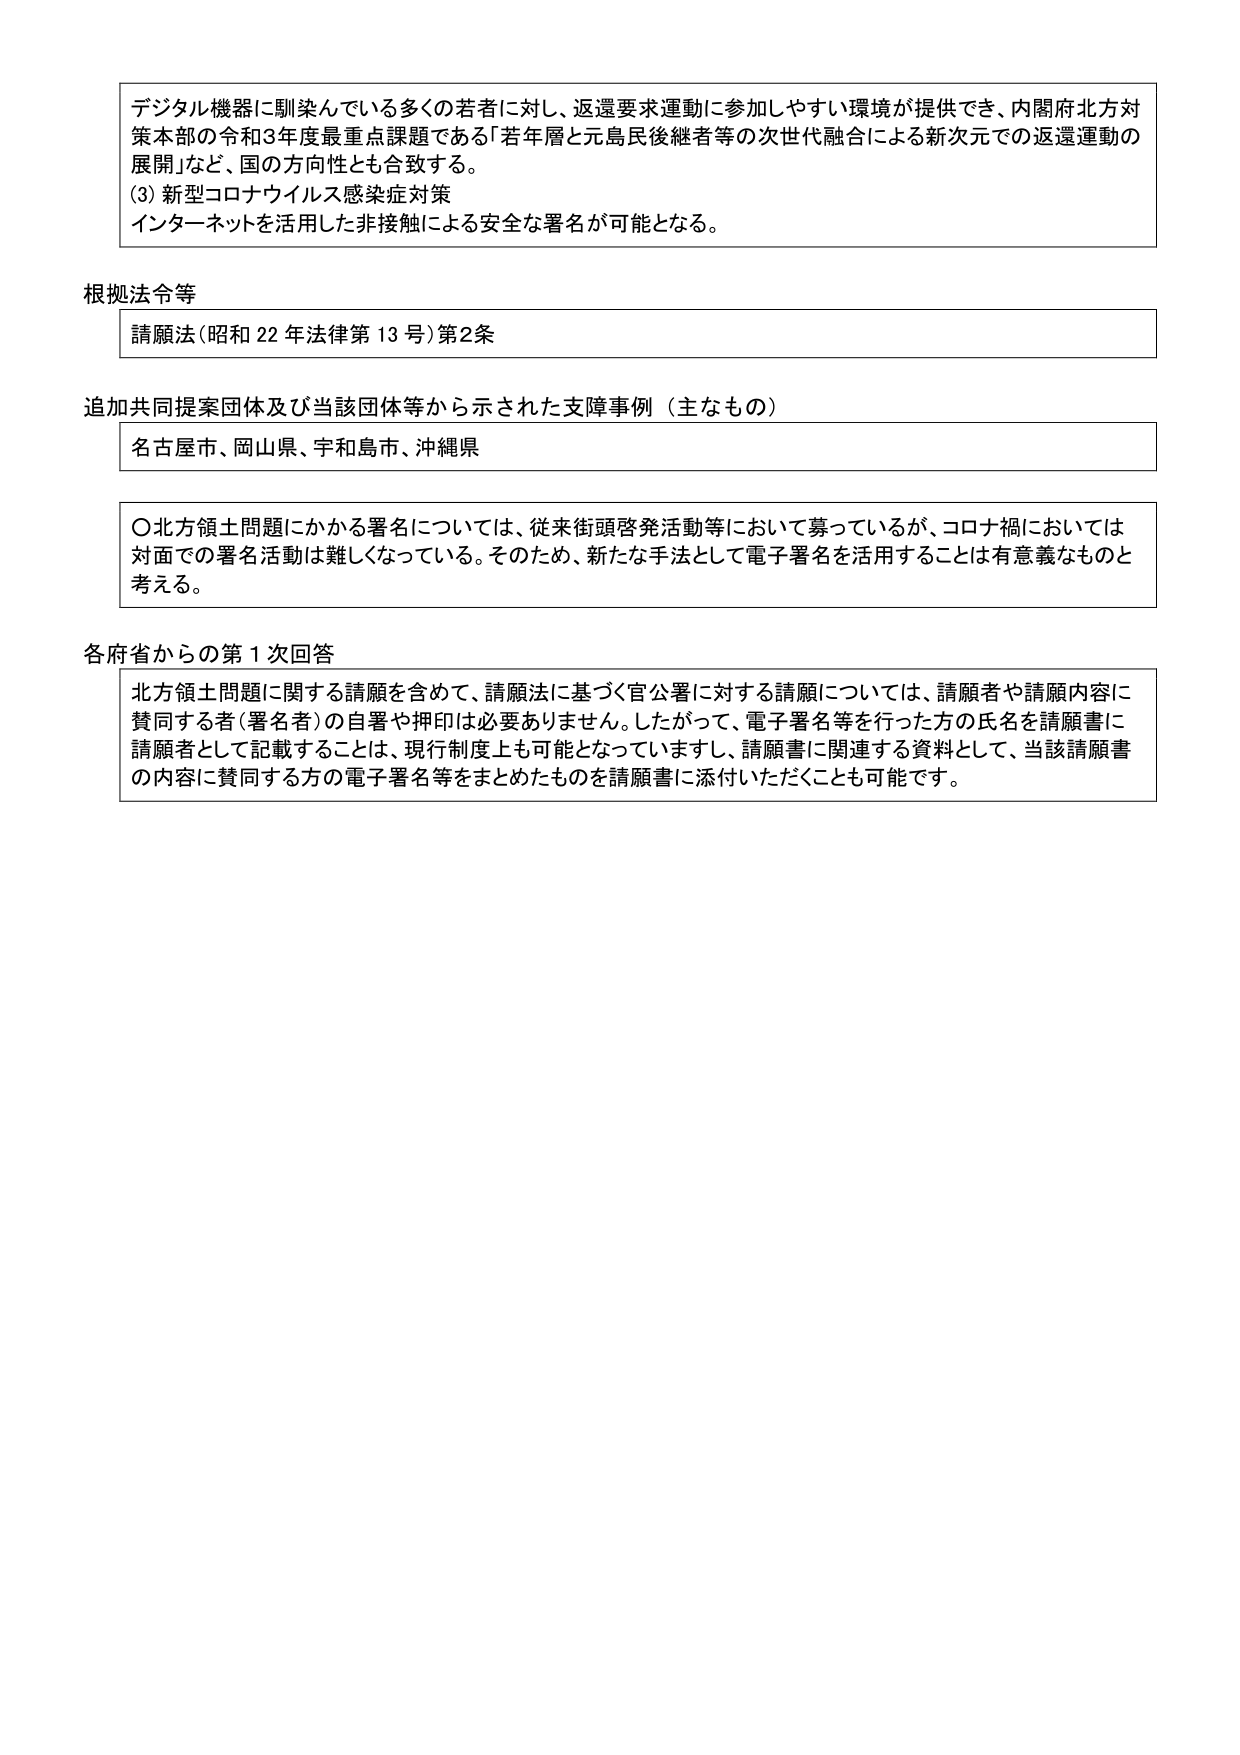
デジタル機器に馴染んでいる多くの若者に対し、返還要求運動に参加しやすい環境が提供でき、内閣府北方対策本部の令和3年度最重点課題である「若年層と元島民後継者等の次世代融合による新次元での返還運動の展開」など、国の方針性とも合致する。

(3) 新型コロナウイルス感染症対策
インターネットを活用した非接触による安全な署名が可能となる。

根拠法令等
請願法（昭和22年法律第13号）第2条

追加共同提案団体及び当該団体等から示された支援事例（主なもの）
名古屋市、岡山県、宇和島市、沖縄県

〇北方領土問題にかかる署名については、従来街頭啓発活動等において募っているが、コロナ禍においては対面での署名活動は難しくなっている。そのため、新たな手法として電子署名を活用することは有意義なものと考える。

各府省からの第1次回答
北方領土問題に関する請願を含めて、請願法に基づく官公署に対する請願については、請願者や請願内容に賛同する者（署名者）の自署や押印は必要ありません。したがって、電子署名等を行った方の氏名を請願書に請願者として記載することは、現行制度上も可能となっています。請願書に関連する資料として、当該請願書の内容に賛同する方の電子署名等をまとめたものを請願書に添付いただくことも可能です。